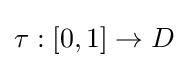
\tau :[0,1]\to D